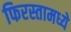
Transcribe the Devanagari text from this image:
फिरस्तामध्ये